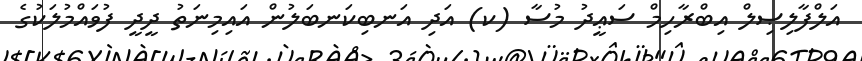
އަލްފާލިޞިލް އިބްރާހިމް ސަޢީދު މުސާ (ކ) އަދި އަނބިކަނބަލުން އައިމިނަތު ދީދީ ފުވައްމުލަކުގެ